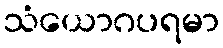
သံယောဂပရမာ